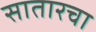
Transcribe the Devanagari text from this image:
सातारचा